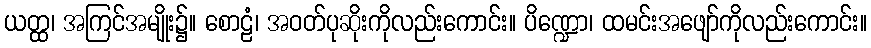
ယတ္ထ၊ အကြင်အမျိုး၌။ စောဠံ၊ အဝတ်ပုဆိုးကိုလည်းကောင်း။ ပိဏ္ဍော၊ ထမင်းအဖျော်ကိုလည်းကောင်း။